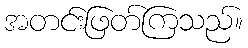
အတင်းဖြတ်ကြသည်။